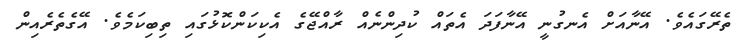
ތެރޭގައެވެ. އޭނާއަށް އެނގުނީ އޭނާފަދަ އެތައް ކުދިންނެއް ރާއްޖޭގެ އެކިކަންކޮޅުގައި ތިބިކަމެވެ. އޭގެތެރެއިން